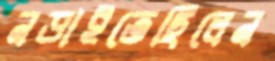
নড়াইতেছিলেন